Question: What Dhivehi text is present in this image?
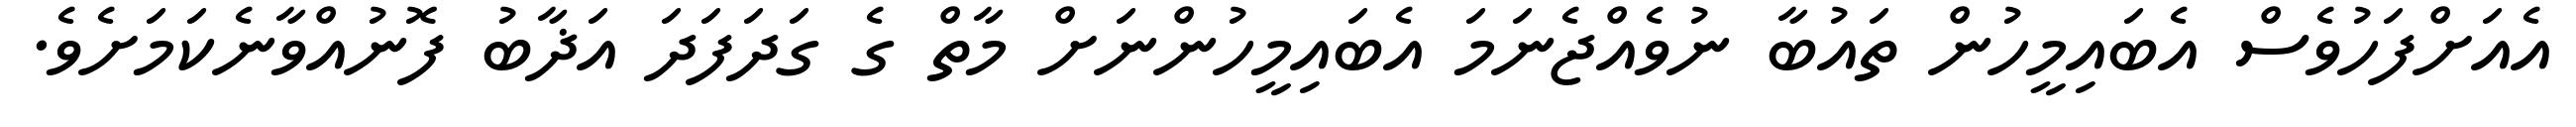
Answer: އެއަށްފަހުވެސް އެބައިމީހުން ތައުބާ ނުވެއްޖެނަމަ އެބައިމީހުންނަށް މާތް ގެ ގަދަފަދަ އަޛާބު ފޮނުއްވާނެކަމަށެވެ.